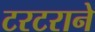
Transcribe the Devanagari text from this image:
टरटराने